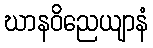
ဃာနဝိညေယျာနံ